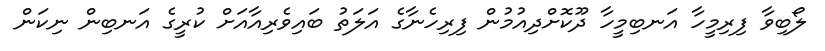
ލޯބިވާ ފިރިމީހާ އަނބިމީހާ ދޫކޮށްދިއުމުން ފިރިހެނާގެ އަލަތު ބައިވެރިއާއަށް ކުރީގެ އަނބިން ނިކަން